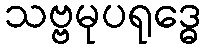
သဗ္ဗမုပရုဒ္ဓေ